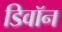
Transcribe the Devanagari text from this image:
डिवॉन